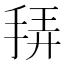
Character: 𭠴